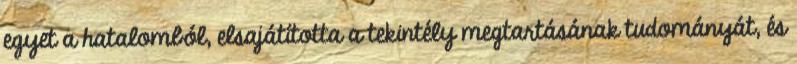
egyet a hatalomból, elsajátította a tekintély megtartásának tudományát, és